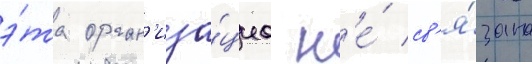
э́та орган'иза́циа н'е́ св'я́зана